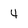
Character: 4